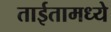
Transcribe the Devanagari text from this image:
ताईतामध्ये